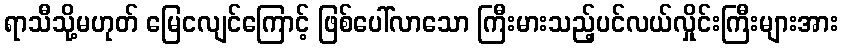
ရာသီသို့မဟုတ် မြေငလျင်ကြောင့် ဖြစ်ပေါ်လာသော ကြီးမားသည့်ပင်လယ်လှိုင်းကြီးများအား